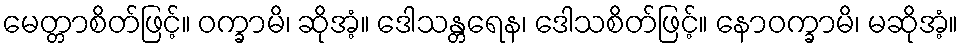
မေတ္တာစိတ်ဖြင့်။ ဝက္ခာမိ၊ ဆိုအံ့။ ဒေါသန္တရေန၊ ဒေါသစိတ်ဖြင့်။ နောဝက္ခာမိ၊ မဆိုအံ့။